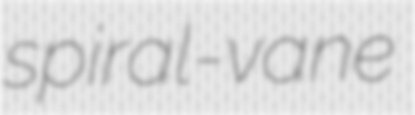
spiral-vane